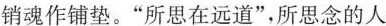
销魂作铺垫。”所思在远道”，所思念的人